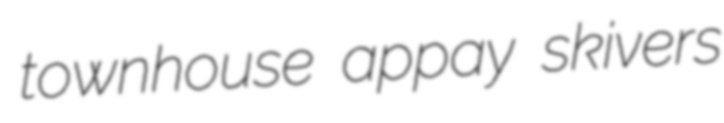
townhouse appay skivers